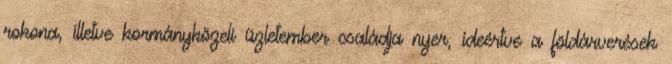
rokona, illetve kormányközeli üzletember családja nyer, ideértve a földárverések